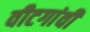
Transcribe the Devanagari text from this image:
वीटगांवीं